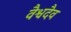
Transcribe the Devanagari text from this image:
वैश्वदैव